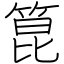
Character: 箟